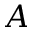
A